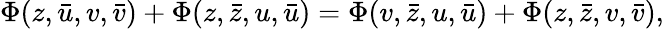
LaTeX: \Phi(z,\bar{u},v,\bar{v})+\Phi(z,\bar{z},u,\bar{u})=\Phi(v,\bar{z},u,\bar{u})+\Phi(z,\bar{z},v,\bar{v}),